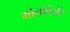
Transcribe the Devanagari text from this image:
मोनोवैलेंट